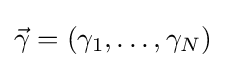
{\textstyle {\vec {\gamma }}=(\gamma _{1},\ldots ,\gamma _{N})}